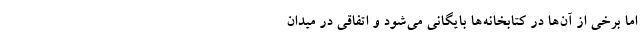
اما برخی از آن‌ها در کتابخانه‌ها بایگانی می‌شود و اتفاقی در میدان